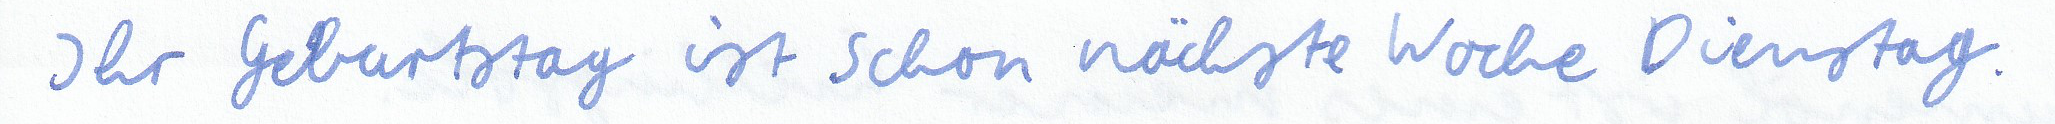
Ihr Geburtstag ist schon nächste Woche Dienstag.